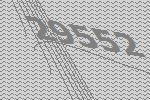
29552